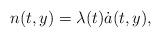
LaTeX: \begin{align*}n(t,y)=\lambda(t)\dot{a}(t,y),\end{align*}